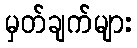
မှတ်ချက်များ